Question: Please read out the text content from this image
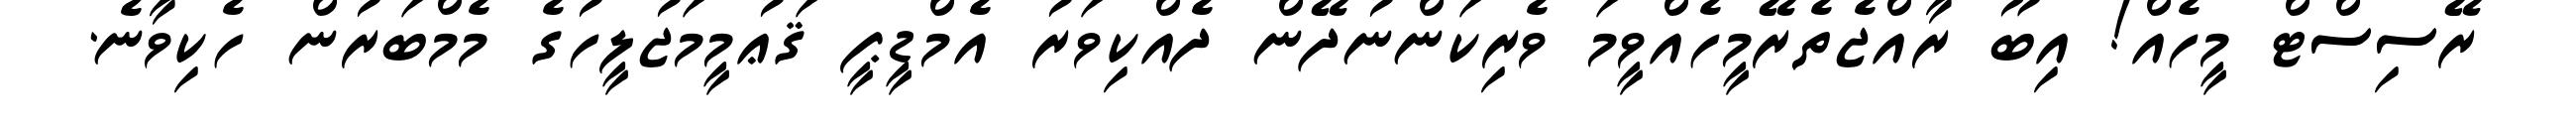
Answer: ރޭސިސްޓް މީހެއް! އިބޫ ރާއްޖެތެރޭމީހެއްވީމަ ވެރިކަންނުދޭން ދެއްކިވަރު އެމްޑީޕީ ޤަޢުމީމަޖުލީހުގެ މެމްބަރުން ހެކިވާނެ.